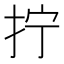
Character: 拧